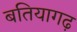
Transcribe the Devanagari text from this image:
बतियागढ़